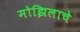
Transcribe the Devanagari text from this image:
मोझिलाचे